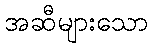
အဆီများသော